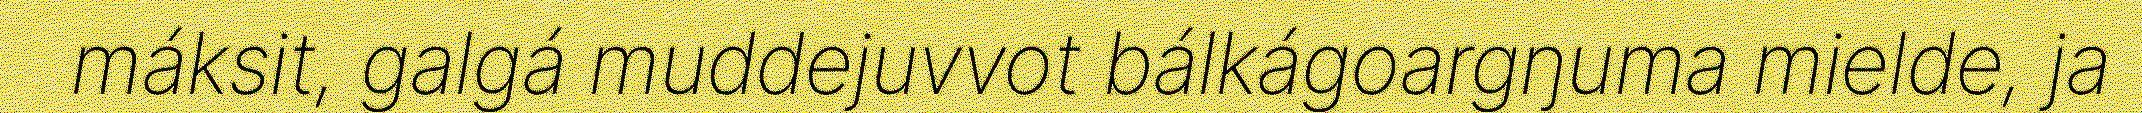
máksit, galgá muddejuvvot bálkágoargŋuma mielde, ja